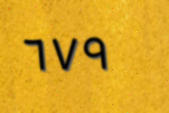
٦٧٩